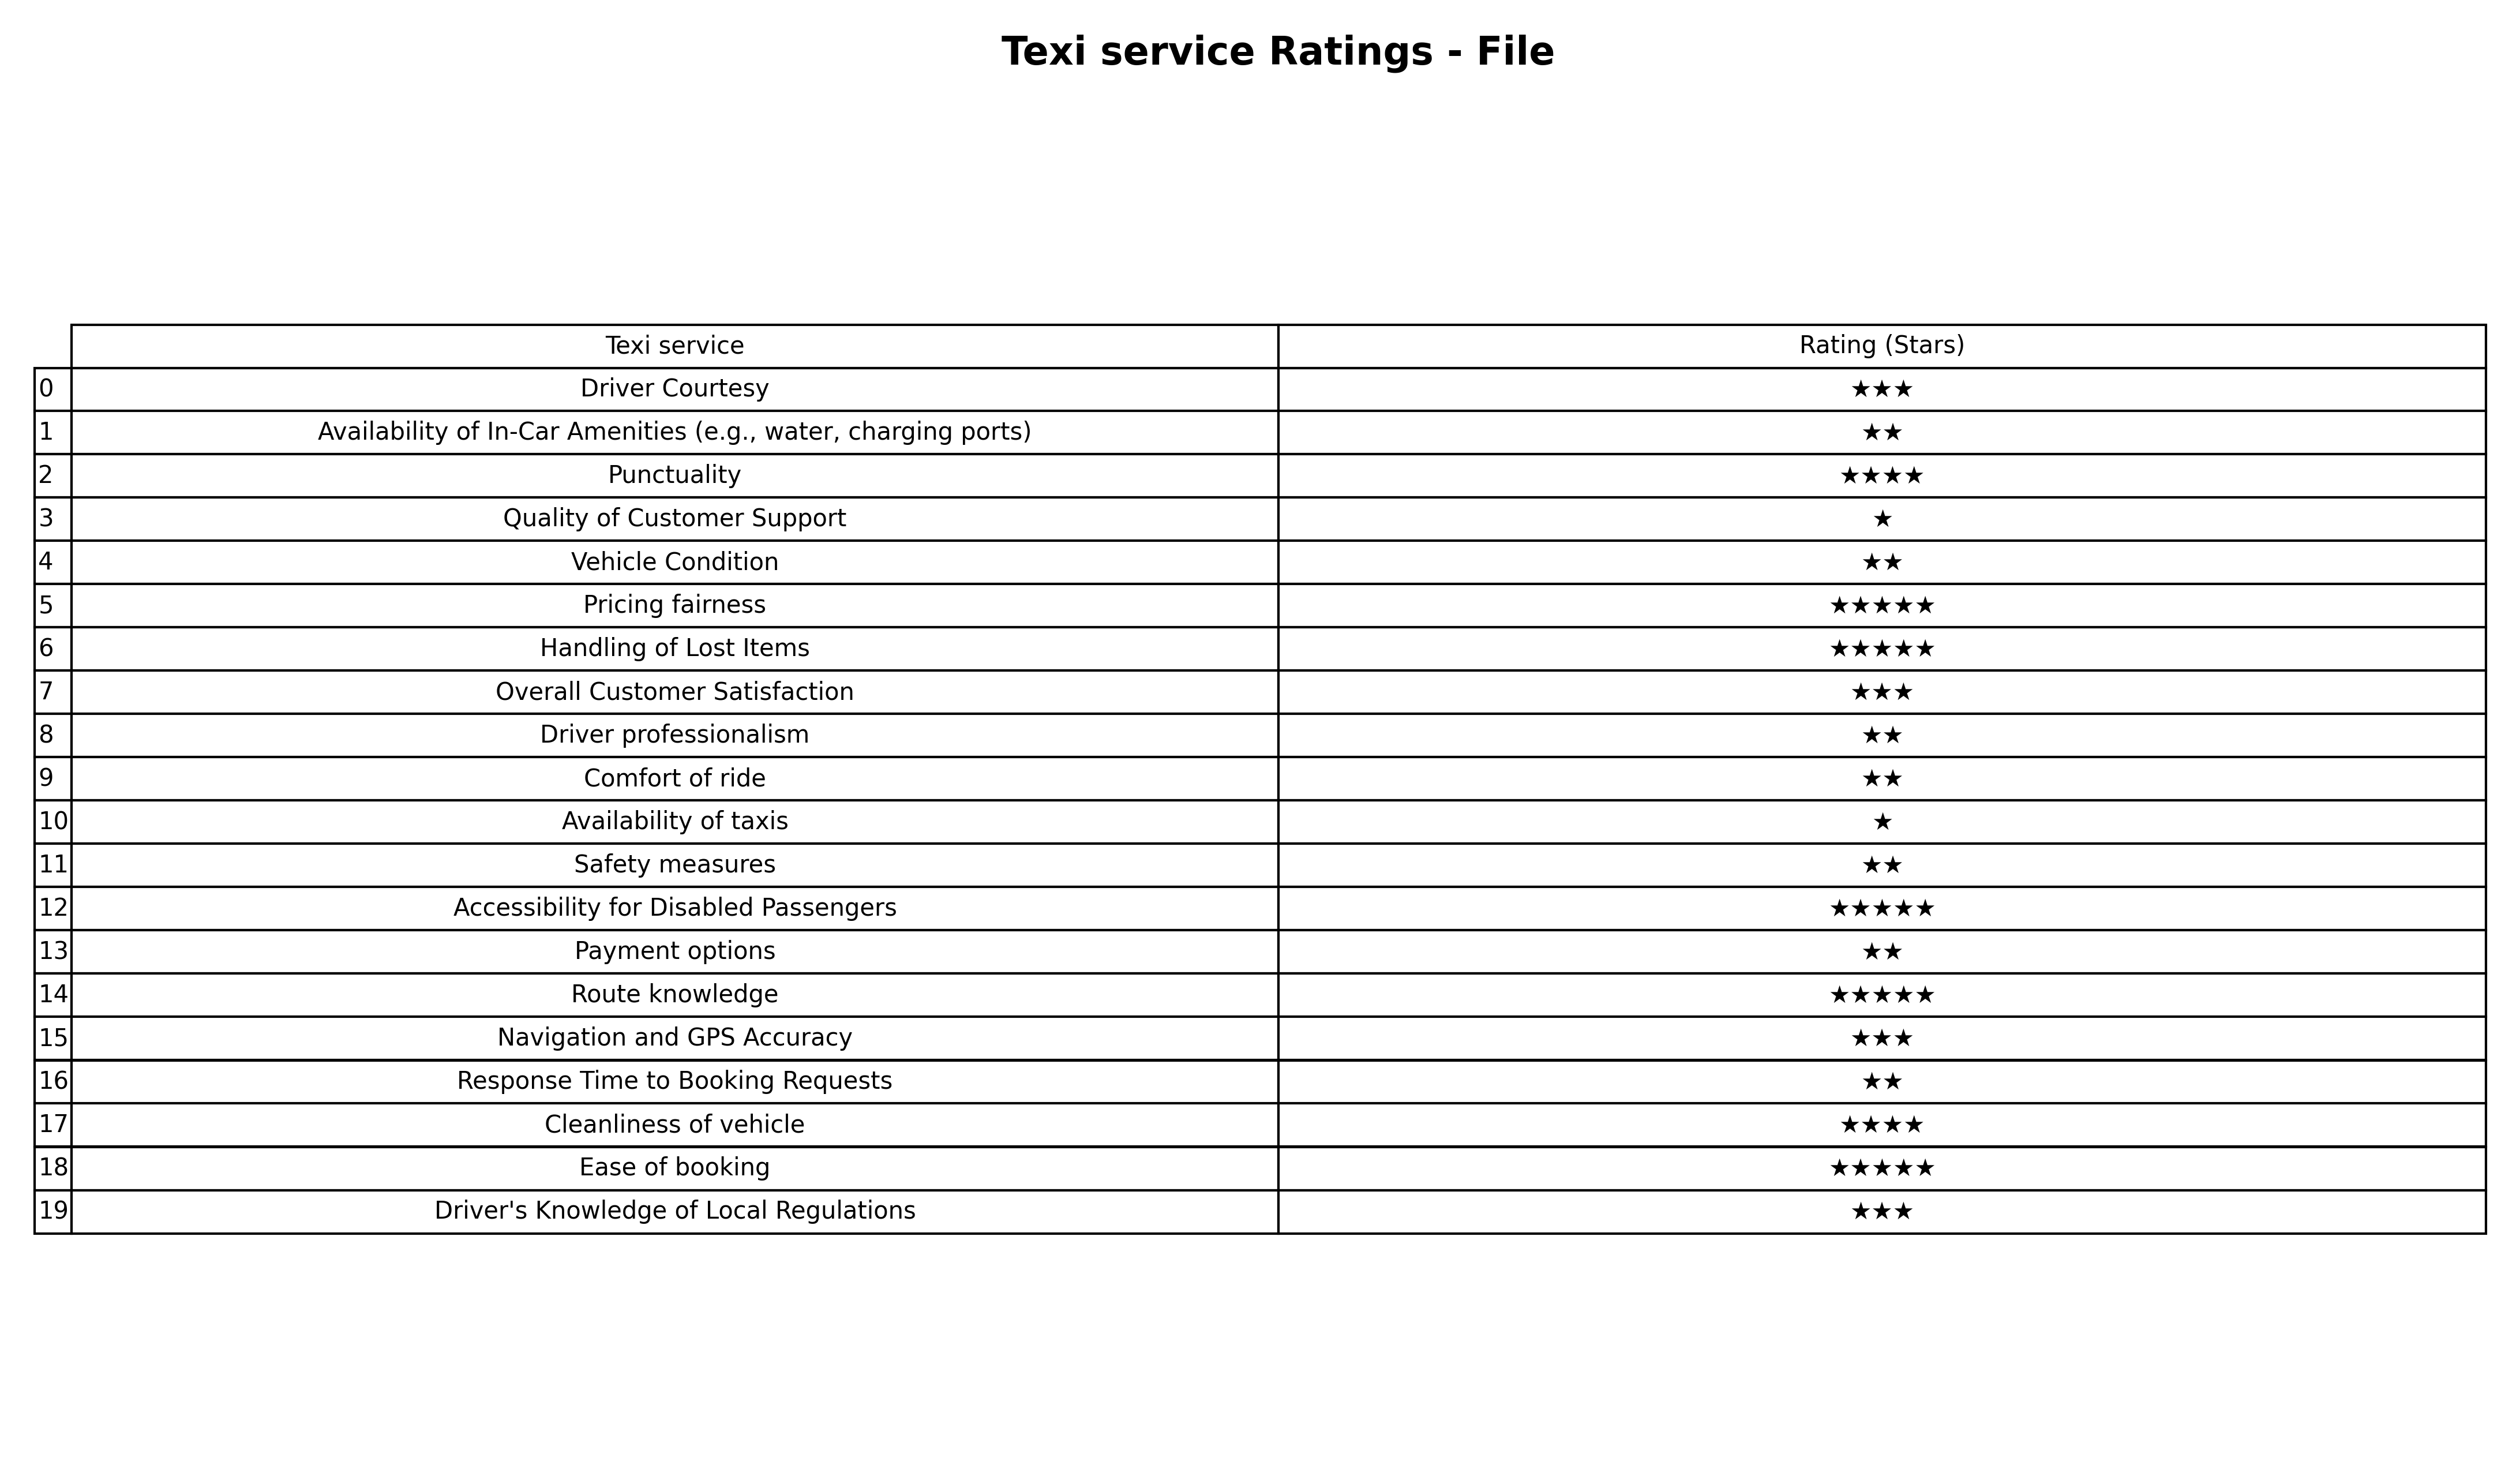
question: What are highest rating services?
answer: Availability of In-Car Amenities (e.g., water, charging ports)Vehicle ConditionDriver professionalismComfort of rideSafety measuresPayment optionsResponse Time to Booking Requests